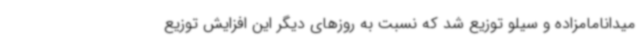
میدانامامزاده و سیلو توزیع شد که نسبت به روزهای دیگر این افزایش توزیع